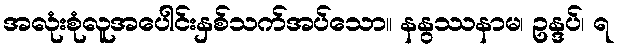
အလုံးစုံလူအပေါင်းနှစ်သက်အပ်သော။ နနွဿနာမ၊ ဥန္ဒပ်၊ ရ